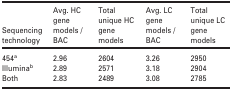
<table><thead><tr><td><b>Sequencing technology</b></td><td><b>Avg. HC gene models / BAC</b></td><td><b>Total unique HC gene models</b></td><td><b>Avg. LC gene models / BAC</b></td><td><b>Total unique LC gene models</b></td></tr></thead><tbody><tr><td>454a</td><td>2.96</td><td>2604</td><td>3.26</td><td>2950</td></tr><tr><td>Illuminab</td><td>2.89</td><td>2571</td><td>3.18</td><td>2904</td></tr><tr><td>Both</td><td>2.83</td><td>2489</td><td>3.08</td><td>2785</td></tr></tbody></table>